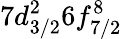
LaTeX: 7d_{3/2}^{2}6f_{7/2}^{8}